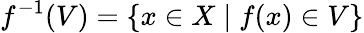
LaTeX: f^{-1}(V)=\{ x\in X\; |\; f(x)\in V\}